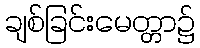
ချစ်ခြင်းမေတ္တာ၌